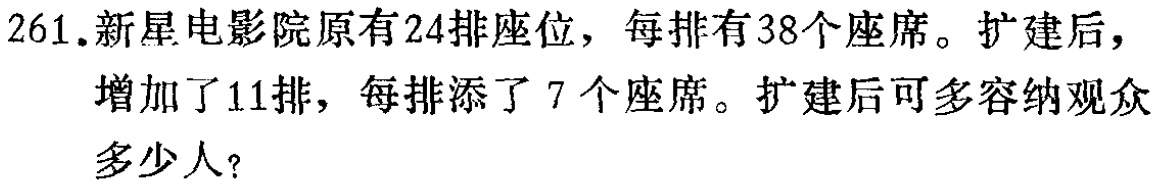
261.新星电影院原有24排座位，每排有38个座席。扩建后，增加了11排，每排添了7个座席。扩建后可多容纳观众多少人？